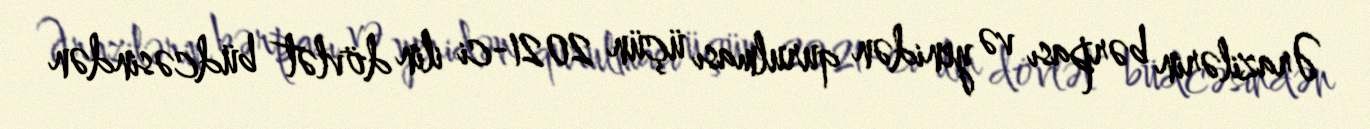
Ərazilərin bərpası və yenidən qurulması üçün 2021-ci ilin dövlət büdcəsindən